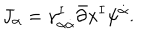
J _ { \alpha } = \gamma _ { \alpha \dot { \alpha } } ^ { I } \bar { \partial } x ^ { I } \psi ^ { \dot { \alpha } } .